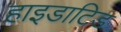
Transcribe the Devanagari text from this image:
हाइडाटिड